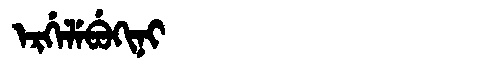
Manchu: ᡝᡵᡤᡝᠯᡝᠪᡠᡴᡳᠨᡳ
Romanization: ERGELEBUKINI